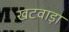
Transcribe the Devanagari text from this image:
खटवाड़ा